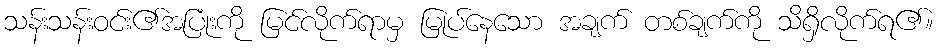
သန်းသန်းဝင်း၏အပြုံးကို မြင်လိုက်ရာမှ မြုပ်နေသော အချက် တစ်ချက်ကို သိရှိလိုက်ရ၏။